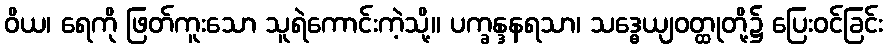
ဝိယ၊ ရေကို ဖြတ်ကူးသော သူရဲကောင်းကဲ့သို့။ ပက္ခန္ဒနရသာ၊ သဒ္ဓေယျဝတ္ထုတို့၌ ပြေးဝင်ခြင်း